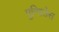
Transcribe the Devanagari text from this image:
पुन्तितेस